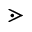
\gtrdot